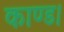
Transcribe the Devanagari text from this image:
काण्ड।